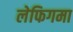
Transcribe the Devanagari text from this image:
लेफिगमा